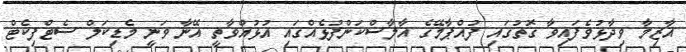
އާޒިމާ ވިދާޅުވެފައިވާ ގޮތުގައި ފުއްޕާމޭގެ އާލާސްކަންފުޅެއްގައި އުޅުއްވާތީ އޭނާ ވަނީ މެޑިކަލް ސެޓްފިކެޓް